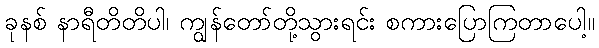
ခုနစ် နာရီတိတိပါ၊ ကျွန်တော်တို့သွားရင်း စကားပြောကြတာပေါ့။